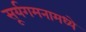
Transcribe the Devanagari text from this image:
सूर्यगमनामध्ये